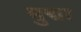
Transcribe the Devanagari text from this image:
मुद्या